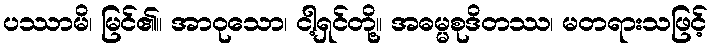
ပဿာမိ၊ မြင်၏။ အာဝုသော၊ ငါ့ရှင်တို့။ အဓမ္မစုဒိတဿ၊ မတရားသဖြင့်